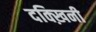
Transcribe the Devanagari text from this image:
दक्ख़िनी